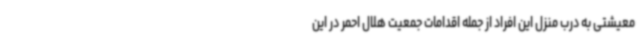
معیشتی به درب منزل این افراد از جمله اقدامات جمعیت هلال احمر در این